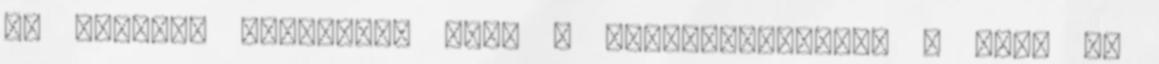
az adventi koszorún, mely a keresztényeknél 4 lila és